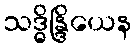
သဒ္ဓိန္ဒြိယေန